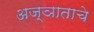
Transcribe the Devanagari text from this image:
अज्ञाताचे